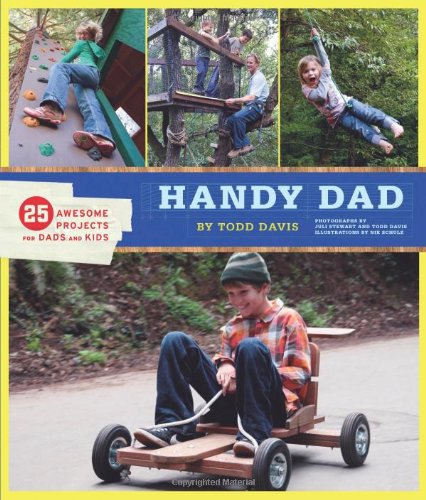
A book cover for Handy Dad: 25 Awesome Projects for Dads and Kids; Todd Davis; Crafts, Hobbies & Home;